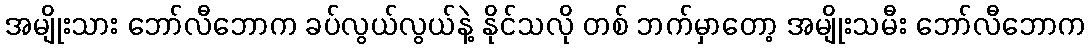
အမျိုးသား ဘော်လီဘောက ခပ်လွယ်လွယ်နဲ့ နိုင်သလို တစ် ဘက်မှာတော့ အမျိုးသမီး ဘော်လီဘောက